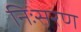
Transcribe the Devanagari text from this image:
निःसरण